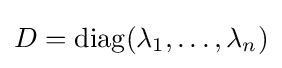
D=\operatorname {diag} (\lambda _{1},\ldots ,\lambda _{n})